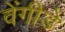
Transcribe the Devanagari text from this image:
वेंगीडे